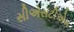
સીએસટીએમ